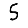
Digit: 5